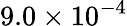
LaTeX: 9.0\times 10^{-4}